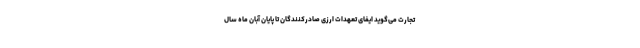
تجارت می‌گوید ایفای تعهدات ارزی صادرکنندگان تا پایان آبان ماه سال